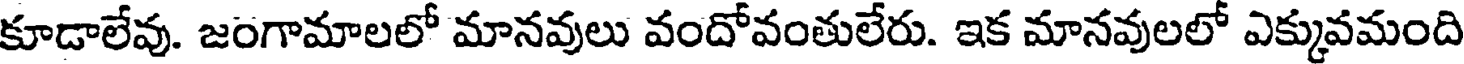
కూడాలేవు. జంగామాలలో మానవులు వందోవంతులేరు. ఇక మానవులలో ఎక్కువమంది